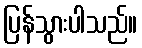
ပြန်သွားပါသည်။